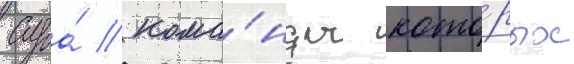
Суда́ / кома́нды кото́рых